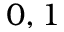
0 , 1